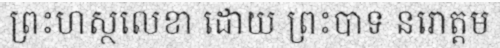
ព្រះហស្ថលេខា ដោយ ព្រះបាទ នរោត្តម